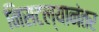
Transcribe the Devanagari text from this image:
निसटल्यानंतर